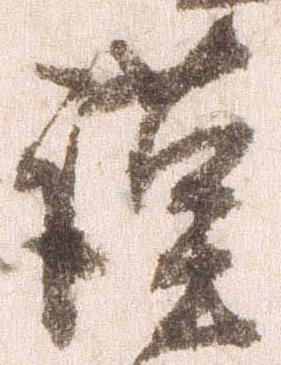
謹